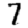
Digit: 7